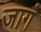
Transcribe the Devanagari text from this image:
जागं